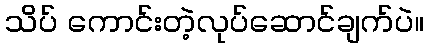
သိပ် ကောင်းတဲ့လုပ်ဆောင်ချက်ပဲ။